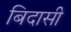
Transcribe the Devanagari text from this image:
बिदासी